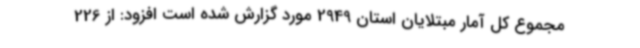
مجموع کل آمار مبتلایان استان 2949 مورد گزارش شده است افزود: از 226